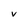
Character: v